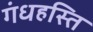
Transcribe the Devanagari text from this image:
गंधहस्ति